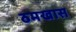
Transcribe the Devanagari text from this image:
ठमखास